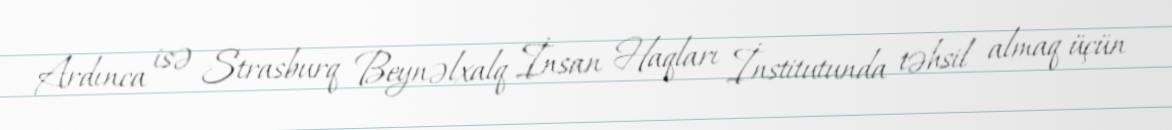
Ardınca isə Strasburq Beynəlxalq İnsan Haqları İnstitutunda təhsil almaq üçün